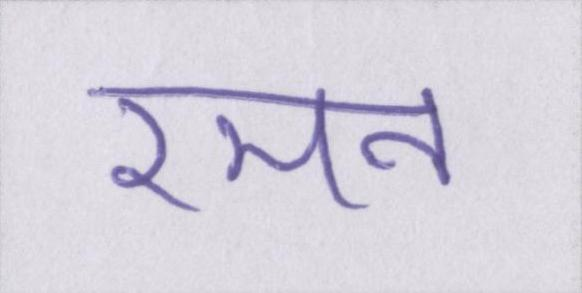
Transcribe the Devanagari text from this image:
रमन